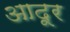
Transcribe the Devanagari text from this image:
आदूर